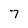
Character: 7